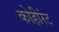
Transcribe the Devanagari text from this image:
कोहीरंट